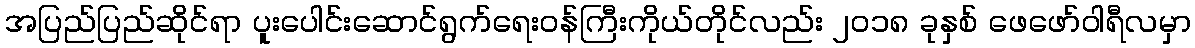
အပြည်ပြည်ဆိုင်ရာ ပူးပေါင်းဆောင်ရွက်ရေးဝန်ကြီးကိုယ်တိုင်လည်း ၂ဝ၁၈ ခုနှစ် ဖေဖော်ဝါရီလမှာ